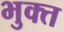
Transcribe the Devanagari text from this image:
भुक्‍त